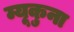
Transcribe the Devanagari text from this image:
म्यूकुना